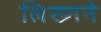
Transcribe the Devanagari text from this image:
लिख्नने